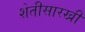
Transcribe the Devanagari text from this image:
शेतीसारखी